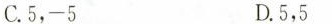
C.5，-5 D.5，5